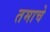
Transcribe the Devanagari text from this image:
तमाचे